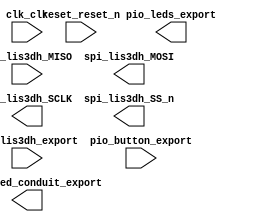

module nios_sys (
	clk_clk,
	pio_leds_export,
	pio_lis3dh_export,
	pll_locked_conduit_export,
	reset_reset_n,
	spi_lis3dh_MISO,
	spi_lis3dh_MOSI,
	spi_lis3dh_SCLK,
	spi_lis3dh_SS_n,
	pio_button_export);	

	input		clk_clk;
	output	[7:0]	pio_leds_export;
	input	[1:0]	pio_lis3dh_export;
	output		pll_locked_conduit_export;
	input		reset_reset_n;
	input		spi_lis3dh_MISO;
	output		spi_lis3dh_MOSI;
	output		spi_lis3dh_SCLK;
	output		spi_lis3dh_SS_n;
	input		pio_button_export;
endmodule